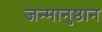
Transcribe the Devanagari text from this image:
जन्मानुष्ठान